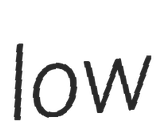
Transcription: low